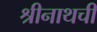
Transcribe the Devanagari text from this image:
श्रीनाथची